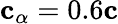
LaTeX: \mathbf{c}_{\alpha}=0.6\mathbf{c}